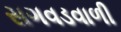
સગવડવાળી